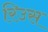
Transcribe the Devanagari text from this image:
रिउस